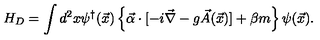
H _ { D } = \int d ^ { 2 } x \psi ^ { \dagger } ( \vec { x } ) \left\{ \vec { \alpha } \cdot [ - i \vec { \nabla } - g \vec { A } ( \vec { x } ) ] + \beta m \right\} \psi ( \vec { x } ) .